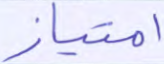
امتياز